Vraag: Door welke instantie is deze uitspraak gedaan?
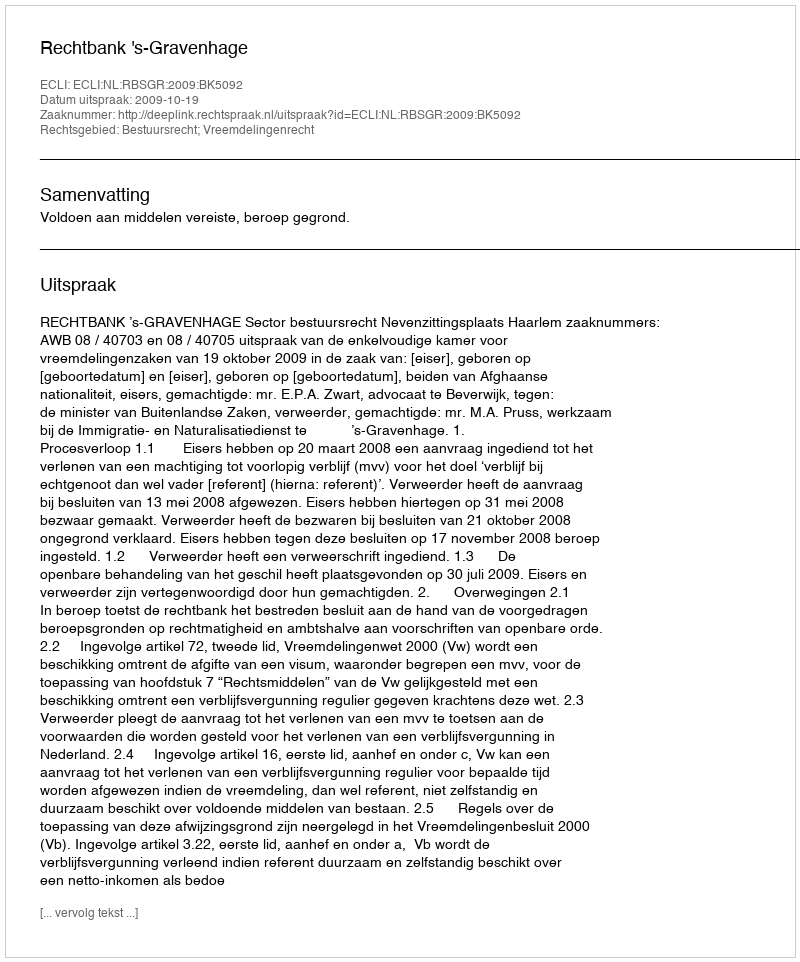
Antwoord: Rechtbank 's-Gravenhage